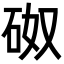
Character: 𥑌